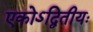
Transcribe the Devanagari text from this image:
एकोऽद्वितीयः